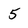
Character: 5